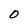
Character: 0